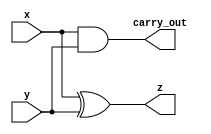
module half_adder_structural
(
    input  wire x, y,
    output wire z,
    output wire carry_out
);
    xor(z, x, y);
    and(carry_out, x, y);
endmodule